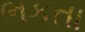
ભકતા